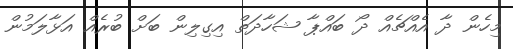
މިހެން ދާ އެއްޗެއް ދޯ ބައްޕާ ޝަހާދަތް އިގިލިން ބަށް ބުރެއް އަޅާލަމުން